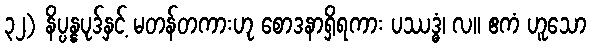
၃၂) နိပ္ပန္နပုဒ်နှင့် မတန်တကားဟု စောဒနာရှိရကား ပဿဒ္ဓံ၊ လ။ ဧကံ ဟူသော